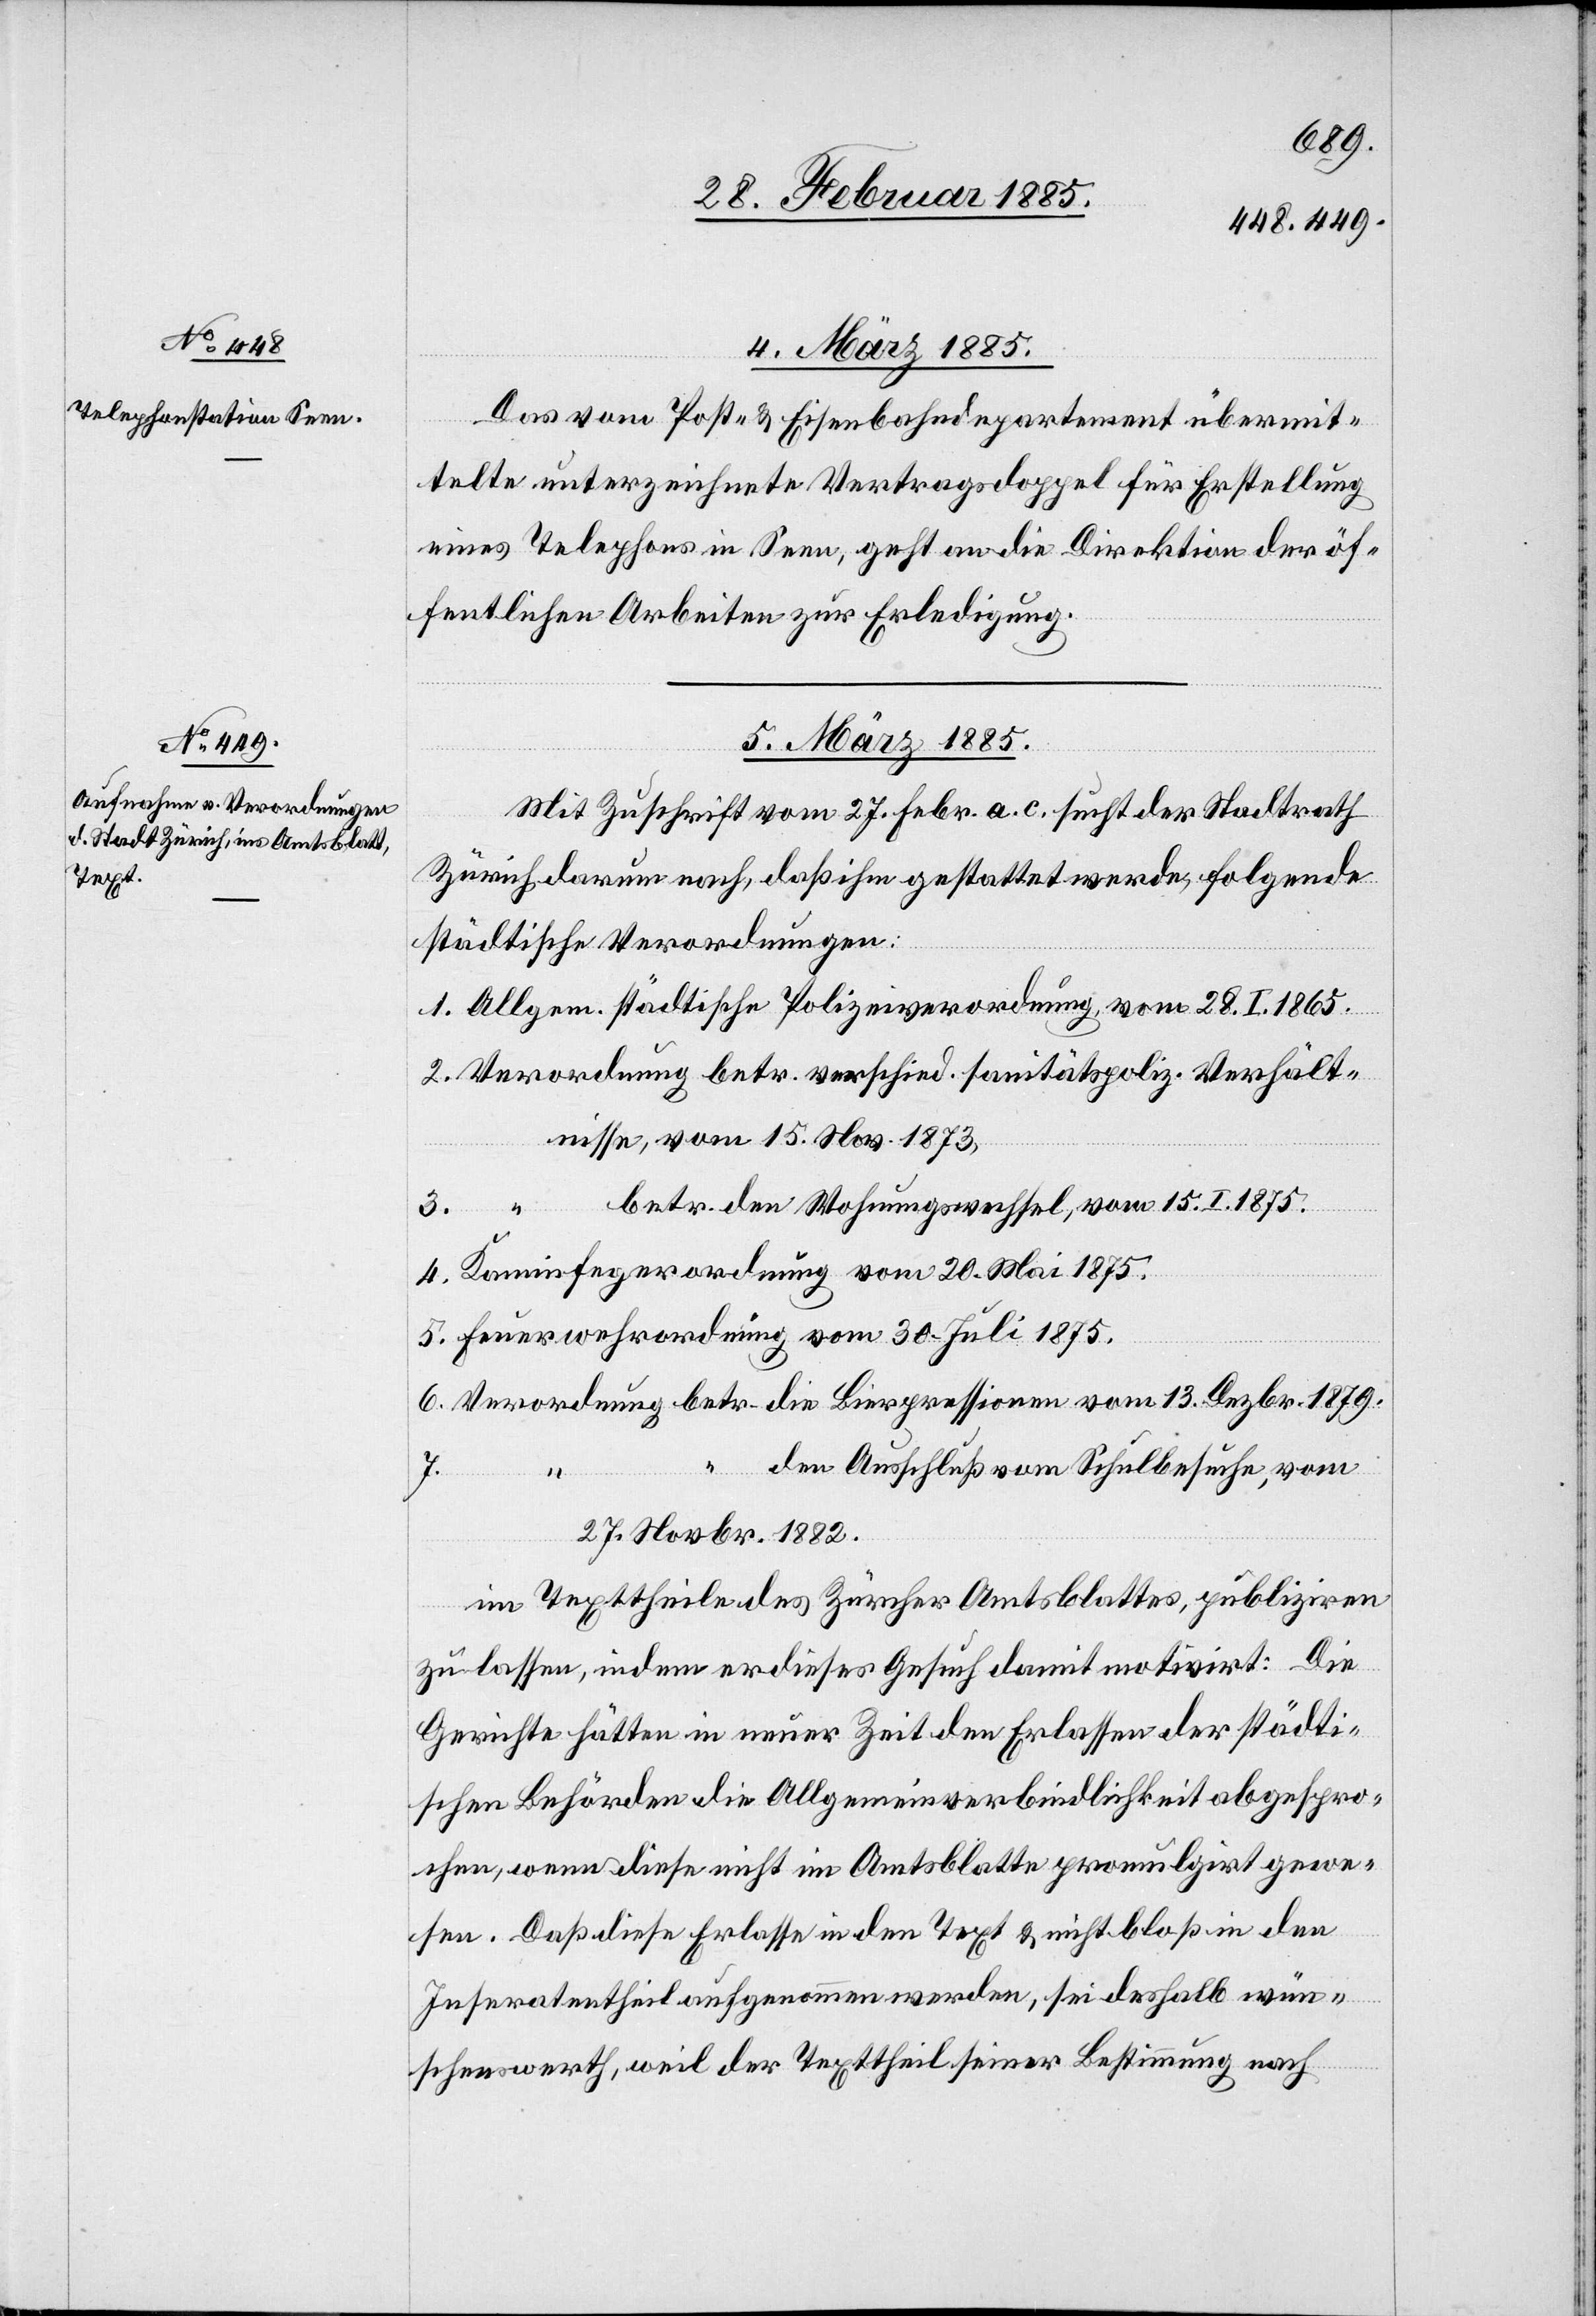
4. März 1885.
Das vom Post- & Eisenbahndepartement übermit¬
telte unterzeichnete Vertragsdoppel für Erstellung
eines Telephons in Seen, geht an die Direktion der öf¬
fentlichen Arbeiten zur Erledigung.
5. März 1885.
Mit Zuschrift vom 27. Febr. a. c. sucht der Stadtrath
Zürich darum nach, daß ihm gestattet werde, folgende
städtische Verordnungen:
1. Allgem. städtische Polizeiverordnung, vom 28. I. 1865.
2. Verordnung betr. verschied. sanitätspoliz. Verhält¬
nisse, vom 15. Nov. 1973,
betr. den Wohnungswechsel, vom 15. I. 1885.
4. Kaminfegerordnung vom 20. Mai 1875.
5. Feuerwehrordnung vom 30. Juli 1875.
6. Verordnung betr. die Bierpressionen vom 13. Dezbr. 1879.
7. “
den Ausschluß vom Schulbesuche, vom
27. Novbr. 1882.
im Texttheile des Zürcher Amtsblattes publiziren
zu lassen, indem er dieses Gesuch damit motivirt: Die
Gerichte hätten in neuer Zeit den Erlassen der städti¬
schen Behörden die Allgemeinverbindlichkeit abgespro¬
chen, wenn diese nicht im Amtsblatte promulgirt gewe¬
sen. Daß diese Erlasse in den Text & nicht bloß in den
Inseratentheil aufgenommen werden, sei deshalb wün¬
schenswerth, weil der Texttheil seiner Bestimmung nach